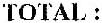
TOTAL :